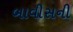
બાવીસની